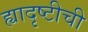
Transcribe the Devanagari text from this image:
ह्यादृष्टीची